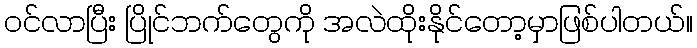
ဝင်လာပြီး ပြိုင်ဘက်တွေကို အလဲထိုးနိုင်တော့မှာဖြစ်ပါတယ်။